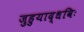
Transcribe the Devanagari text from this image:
जुहुयाद्धविः